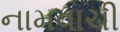
નામવાચી